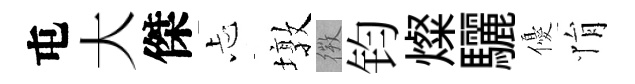
屯大傑忐墩𢕄钧燦驪優悁